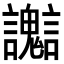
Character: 𧮊